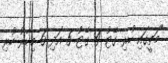
"މަތީގައި ހުރި ގޭޓު 4 ގޭޓު 5 އަދި 6 މިހާރު ހުރި